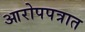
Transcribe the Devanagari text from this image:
आरोपपत्रात